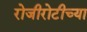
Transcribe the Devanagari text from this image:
रोजीरोटीच्या